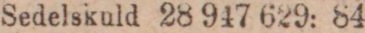
Sedelskuld 28 947 629: 84